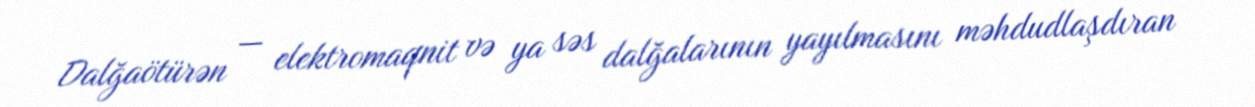
Dalğaötürən — elektromaqnit və ya səs dalğalarının yayılmasını məhdudlaşdıran